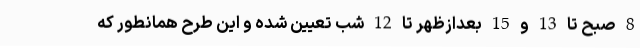
8 صبح تا 13 و 15 بعدازظهر تا 12 شب تعیین شده و این طرح همانطور که